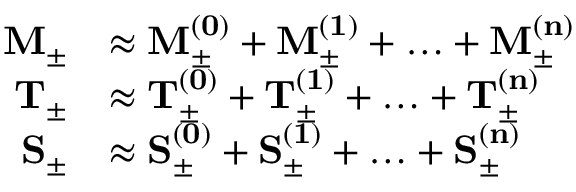
\begin{array} { r l } { \mathbf { M _ { \pm } } } & { \approx \mathbf { M _ { \pm } ^ { ( 0 ) } } + \mathbf { M _ { \pm } ^ { ( 1 ) } } + \ldots + \mathbf { M _ { \pm } ^ { ( n ) } } } \\ { \mathbf { T _ { \pm } } } & { \approx \mathbf { T _ { \pm } ^ { ( 0 ) } } + \mathbf { T _ { \pm } ^ { ( 1 ) } } + \ldots + \mathbf { T _ { \pm } ^ { ( n ) } } } \\ { \mathbf { S _ { \pm } } } & { \approx \mathbf { S _ { \pm } ^ { ( 0 ) } } + \mathbf { S _ { \pm } ^ { ( 1 ) } } + \ldots + \mathbf { S _ { \pm } ^ { ( n ) } } } \end{array}